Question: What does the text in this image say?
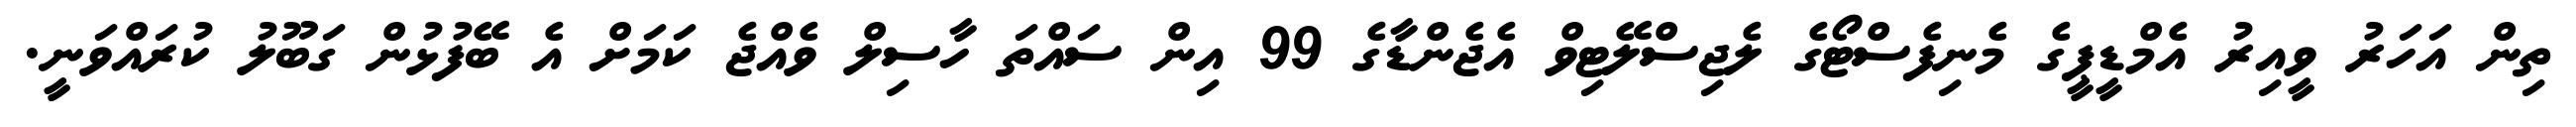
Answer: ތިން އަހަރު ވީއިރު އެމްޑީޕީގެ މެނިފެސްޓޯގެ ލެޖިސްލޭޓިވް އެޖެންޑާގެ 99 އިން ސައްތަ ހާސިލް ވެއްޖެ ކަމަށް އެ ބޭފުޅުން ގަބޫލު ކުރައްވަނީ.